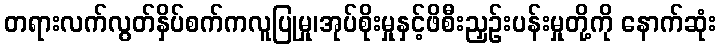
တရားလက်လွတ်နှိပ်စက်ကလူပြုမှု၊အုပ်စိုးမှုနှင့်ဖိစီးညှဉ်းပန်းမှုတို့ကို နောက်ဆုံး